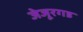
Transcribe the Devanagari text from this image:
जेजूरगड